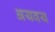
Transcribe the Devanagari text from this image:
अयवय